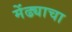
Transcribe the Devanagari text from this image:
मेंढ्याचा